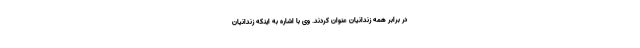
در برابر همه زندانیان عنوان کردند. وی با اشاره به اینکه زندانیان